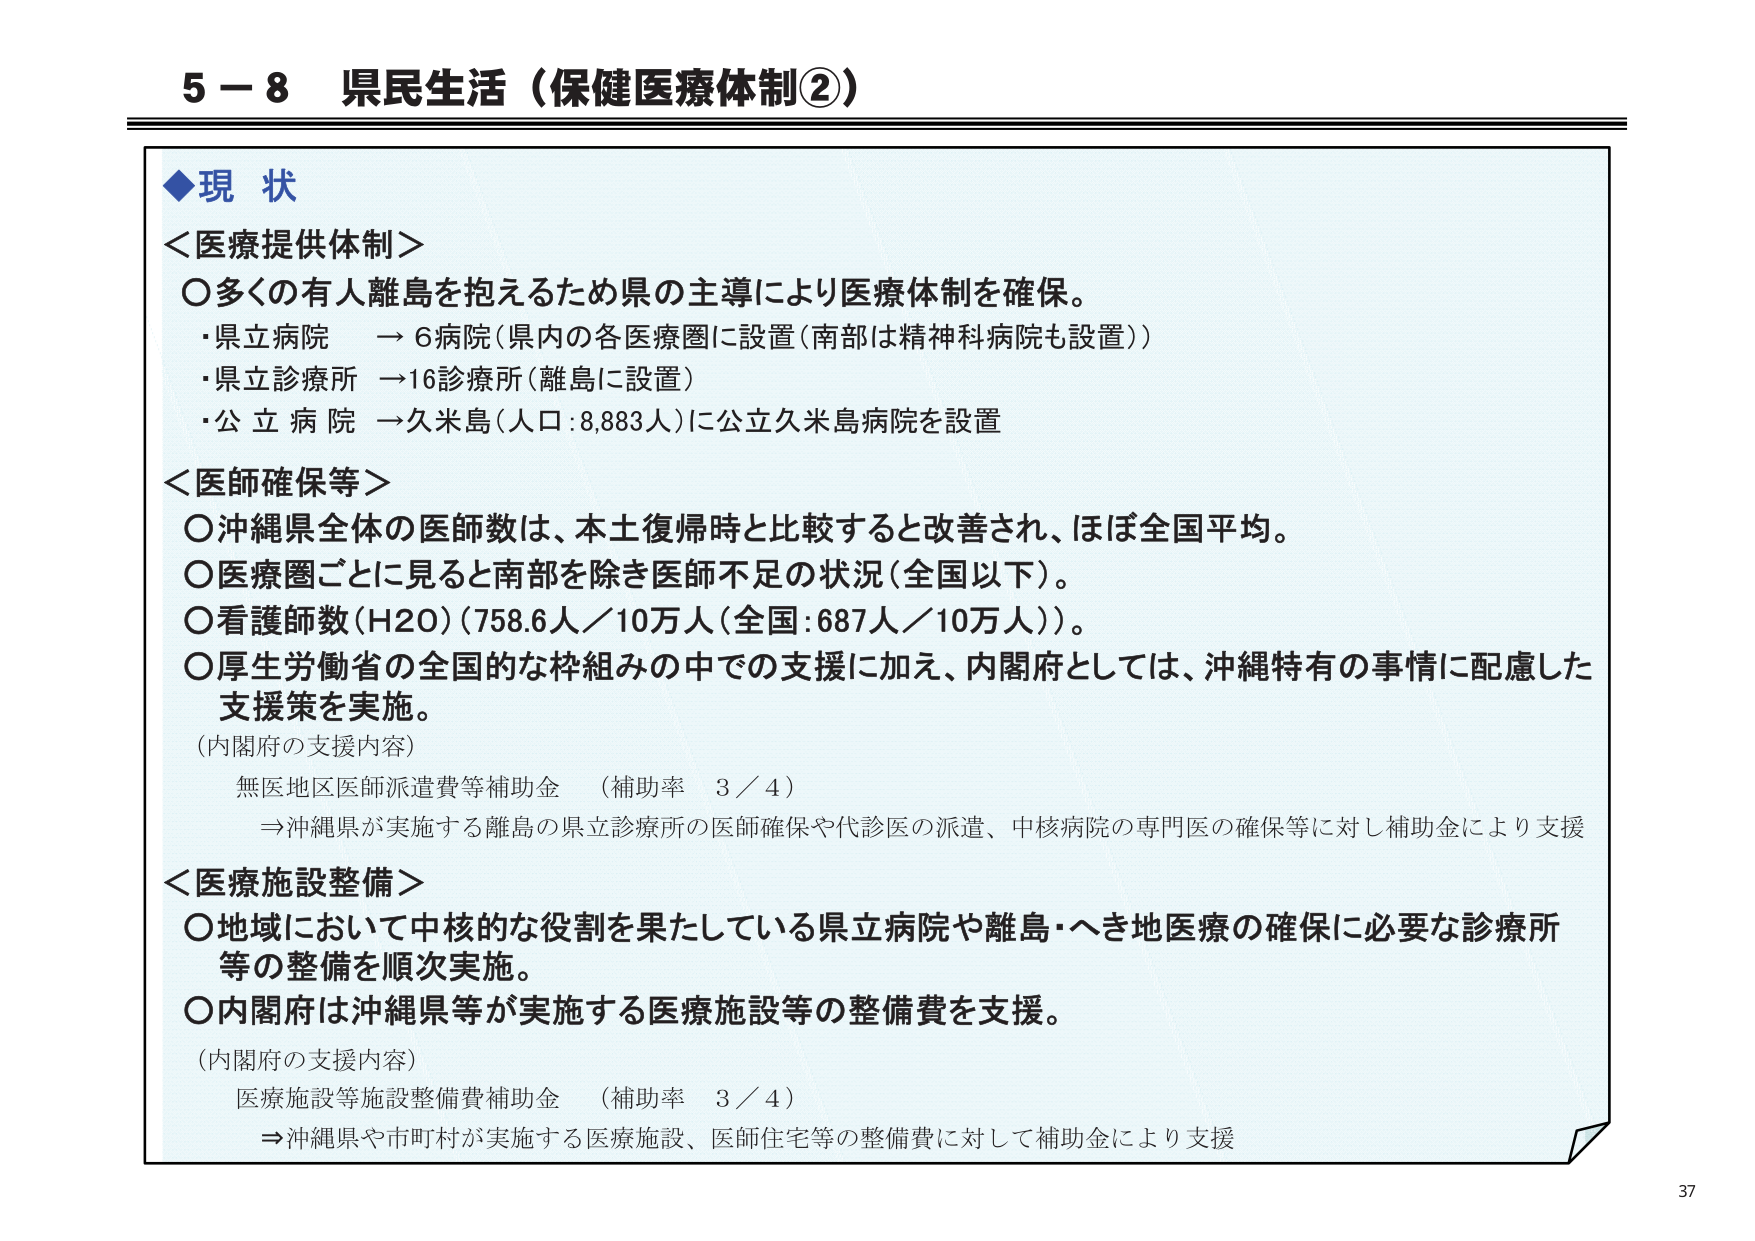
5－8 県民生活（保健医療体制②）

◆現状

＜医療提供体制＞
○多くの有人離島を抱えるため県の主導により医療体制を確保。
・県立病院　→6病院（県内の各医療圏に設置（南部は精神科病院も設置））
・県立診療所　→16診療所（離島に設置）
・公立病院　→久米島（人口：8,883人）に公立久米島病院を設置

＜医師確保等＞
○沖縄県全体の医師数は、本土復帰時と比較すると改善され、ほぼ全国平均。
○医療圏ごとに見ると南部を除き医師不足の状況（全国以下）。
○看護師数（H20）（758.6人／10万人（全国：687人／10万人））。
○厚生労働省の全国的な枠組みの中での支援に加え、内閣府としては、沖縄特有の事情に配慮した支援策を実施。
（内閣府の支援内容）
　無医地区医師派遣費等補助金　（補助率　3／4）
　⇒沖縄県が実施する離島の県立診療所の医師確保や代診医の派遣、中核病院の専門医の確保等に対し補助金により支援

＜医療施設整備＞
○地域において中核的な役割を果たしている県立病院や離島・へき地医療の確保に必要な診療所等の整備を順次実施。
○内閣府は沖縄県等が実施する医療施設等の整備費を支援。
（内閣府の支援内容）
　医療施設等施設整備費補助金　（補助率　3／4）
　⇒沖縄県や市町村が実施する医療施設、医師住宅等の整備費に対して補助金により支援

37